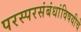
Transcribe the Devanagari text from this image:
परस्परसंबंधांविषयीचे